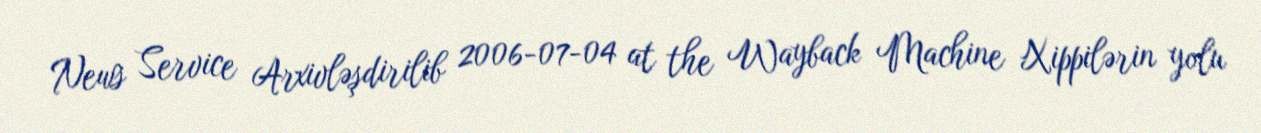
News Service Arxivləşdirilib 2006-07-04 at the Wayback Machine Xippilərin yolu